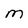
Character: M